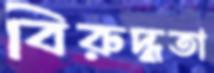
বিরুদ্ধতা